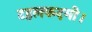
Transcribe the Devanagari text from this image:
टहलकदमी।